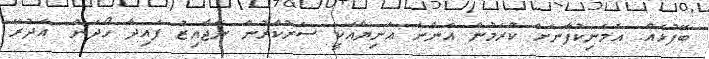
ބޭފުޅެއް. އެމަނިކުފާނަށް ކުރަމުން އަންނަ އަނިޔާއަކީ ސަރުކާރުން ނާޖާއިޒު ފައިދާ ހޯދަން" އަދުރޭ